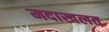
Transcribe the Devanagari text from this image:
मदाखलत